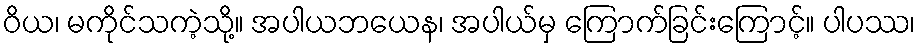
ဝိယ၊ မကိုင်သကဲ့သို့။ အပါယဘယေန၊ အပါယ်မှ ကြောက်ခြင်းကြောင့်။ ပါပဿ၊